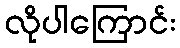
လိုပါကြောင်း